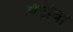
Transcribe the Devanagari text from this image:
पेटोवा